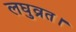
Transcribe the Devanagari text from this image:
लघुव्रत।